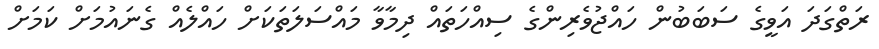
ރަތްގަދަ އަވީގެ ސަބަބުން ހައްޖުވެރިންގެ ސިއްހަތައް ދިމާވާ މައްސަލަތަކަށް ހައްލެއް ގެނައުމަށް ކަމަށް